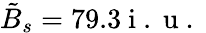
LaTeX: \tilde{B}_{s}=79.3\mathrm{~i~.~u~.~}